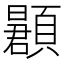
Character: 𬱌